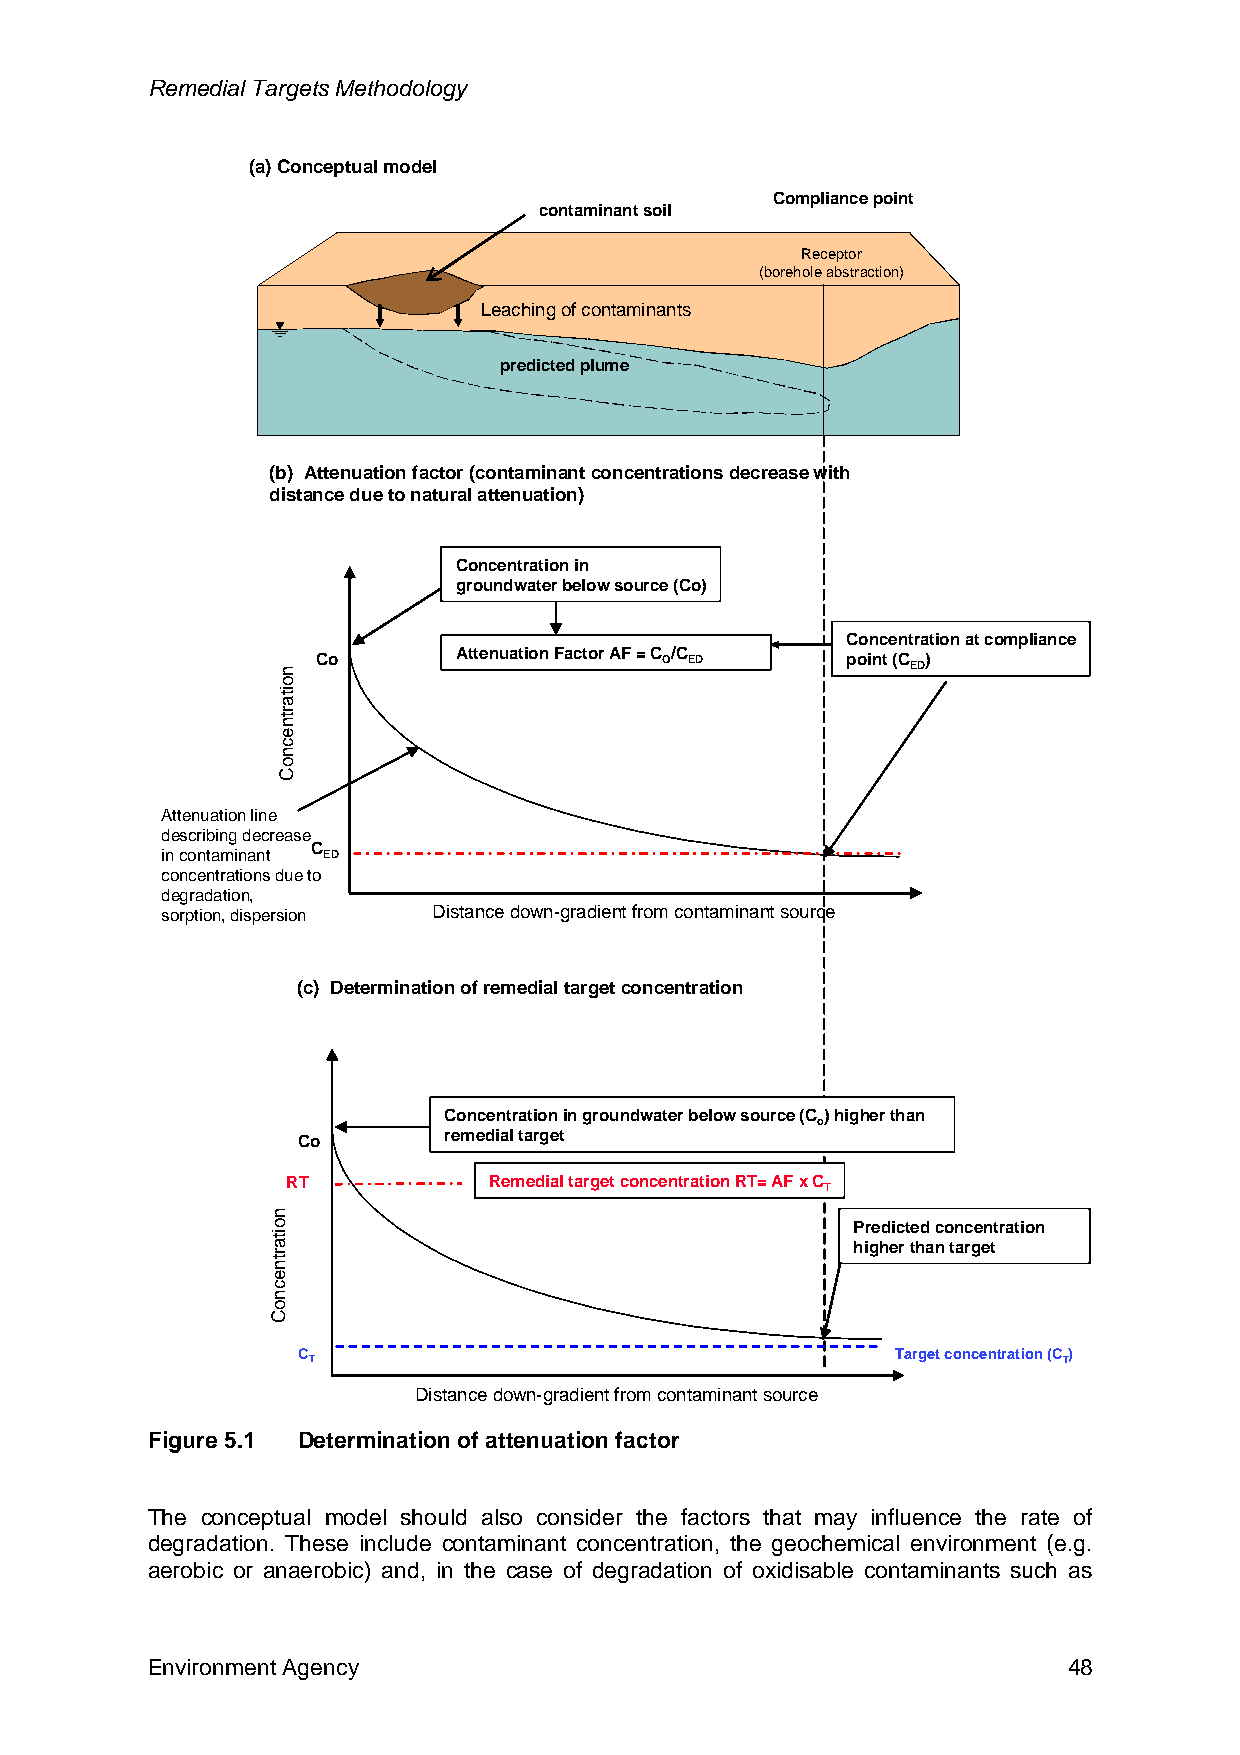
Remedial Targets Methodology
 (a) Conceptual model
 Compliance point
 contaminant soil
 Receptor
 (borehole abstraction)
 Leaching of contaminants
 predicted plume
 (b) Attenuation factor (contaminant concentrations decrease with
 distance due to natural attenuation)
 Concentration in
 groundwater below source (Co)
 Concentration at compliance
 Co       Attenuation Factor AF = C O/C ED point (C ED)
 Attenuation line
 describing decrease
 C
 in contaminant ED
 concentrations due to
 degradation,
 sorption, dispersion Distance down-gradient from contaminant source
 (c) Determination of remedial target concentration
 Concentration in groundwater below source (C ) higher than
 o
 Co       remedial target
 RT           Remedial target concentration RT= AF x C
 T
 Predicted concentration
 higher than target
 C                                      Target concentration (C)
 T                                                 T
 Distance down-gradient from contaminant source
 Figure 5.1 Determination of attenuation factor
 The conceptual model should also consider the factors that may influence the rate of
 degradation. These include contaminant concentration, the geochemical environment (e.g.
 aerobic or anaerobic) and, in the case of degradation of oxidisable contaminants such as
 Environment Agency                                           48
 noitartnecnoC
 noitartnecnoC